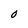
Character: O